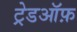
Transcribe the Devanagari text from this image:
ट्रेडऑफ़